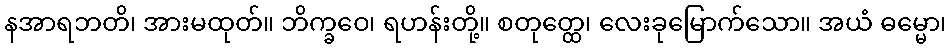
နအာရဘတိ၊ အားမထုတ်။ ဘိက္ခဝေ၊ ရဟန်းတို့။ စတုတ္ထေ၊ လေးခုမြောက်သော။ အယံ ဓမ္မော၊